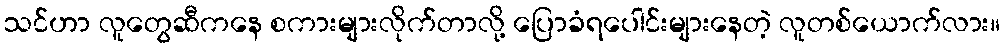
သင်ဟာ လူတွေဆီကနေ စကားများလိုက်တာလို့ ပြောခံရပေါင်းများနေတဲ့ လူတစ်ယောက်လား။